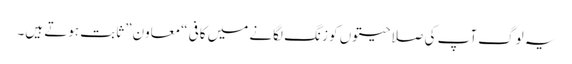
یہ لوگ آپ کی صلاحیتوں کو زنگ لگانے میں کافی “معاون” ثابت ہوتے ہیں۔